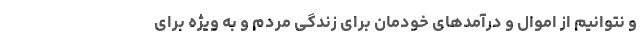
و نتوانیم از اموال و درآمدهای خودمان برای زندگی مردم و به ویژه برای